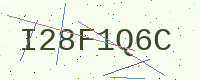
Text: I28F1Q6C